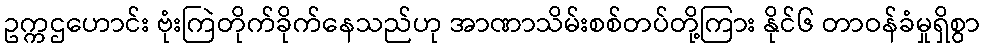
ဥက္ကဌဟောင်း ဗုံးကြဲတိုက်ခိုက်နေသည်ဟု အာဏာသိမ်းစစ်တပ်တို့ကြား နိုင်၆ တာဝန်ခံမှုရှိစွာ